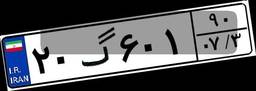
۸۹گ۳۲۸۴۴